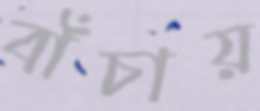
বাঁচায়